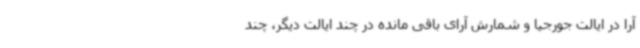
آرا در ایالت جورجیا و شمارش آرای باقی مانده در چند ایالت دیگر، چند